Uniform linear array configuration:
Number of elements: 32
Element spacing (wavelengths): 1
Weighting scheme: blackman
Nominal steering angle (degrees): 15
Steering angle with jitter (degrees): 16.004
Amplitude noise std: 0.05
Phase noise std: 0.05

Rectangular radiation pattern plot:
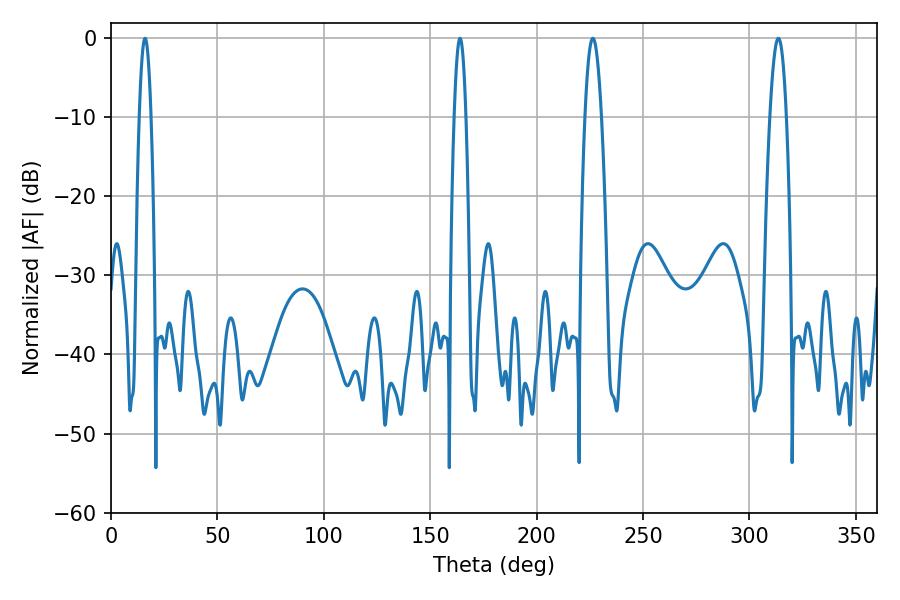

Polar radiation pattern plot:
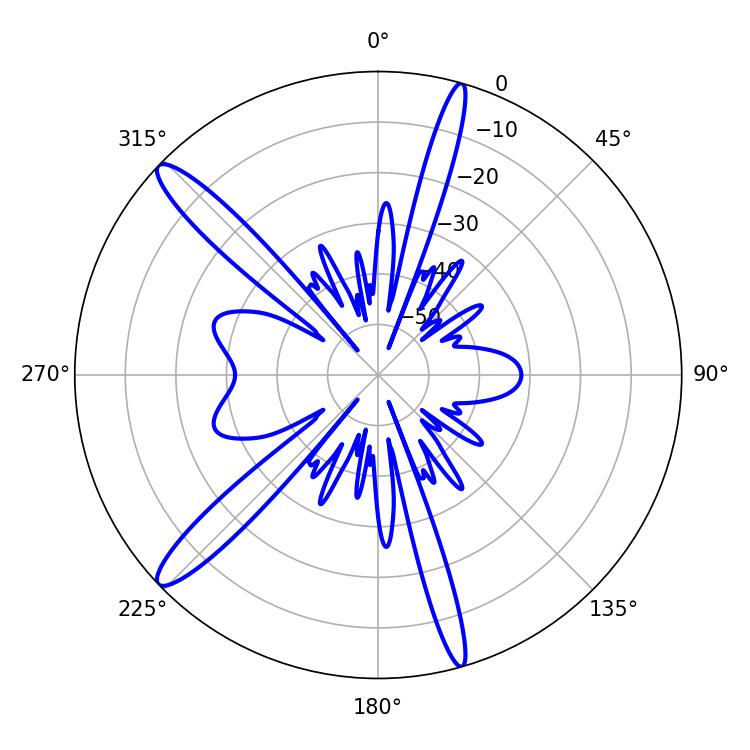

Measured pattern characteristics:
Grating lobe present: TRUE
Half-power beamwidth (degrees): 4.32
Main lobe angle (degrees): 313.56